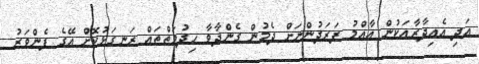
އަދި އެއިދާރާއަކުން އާއްމު ފަރަދުންނަށް ދެމުން ގެންދާވާ ހިދުމަތްތައް ރަނގަޅުކޮށް އޭގެ ފެންވަރު